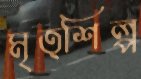
মৃত্শিল্প